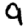
Digit: 9